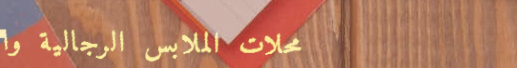
محلات الملابس الرجالية وا